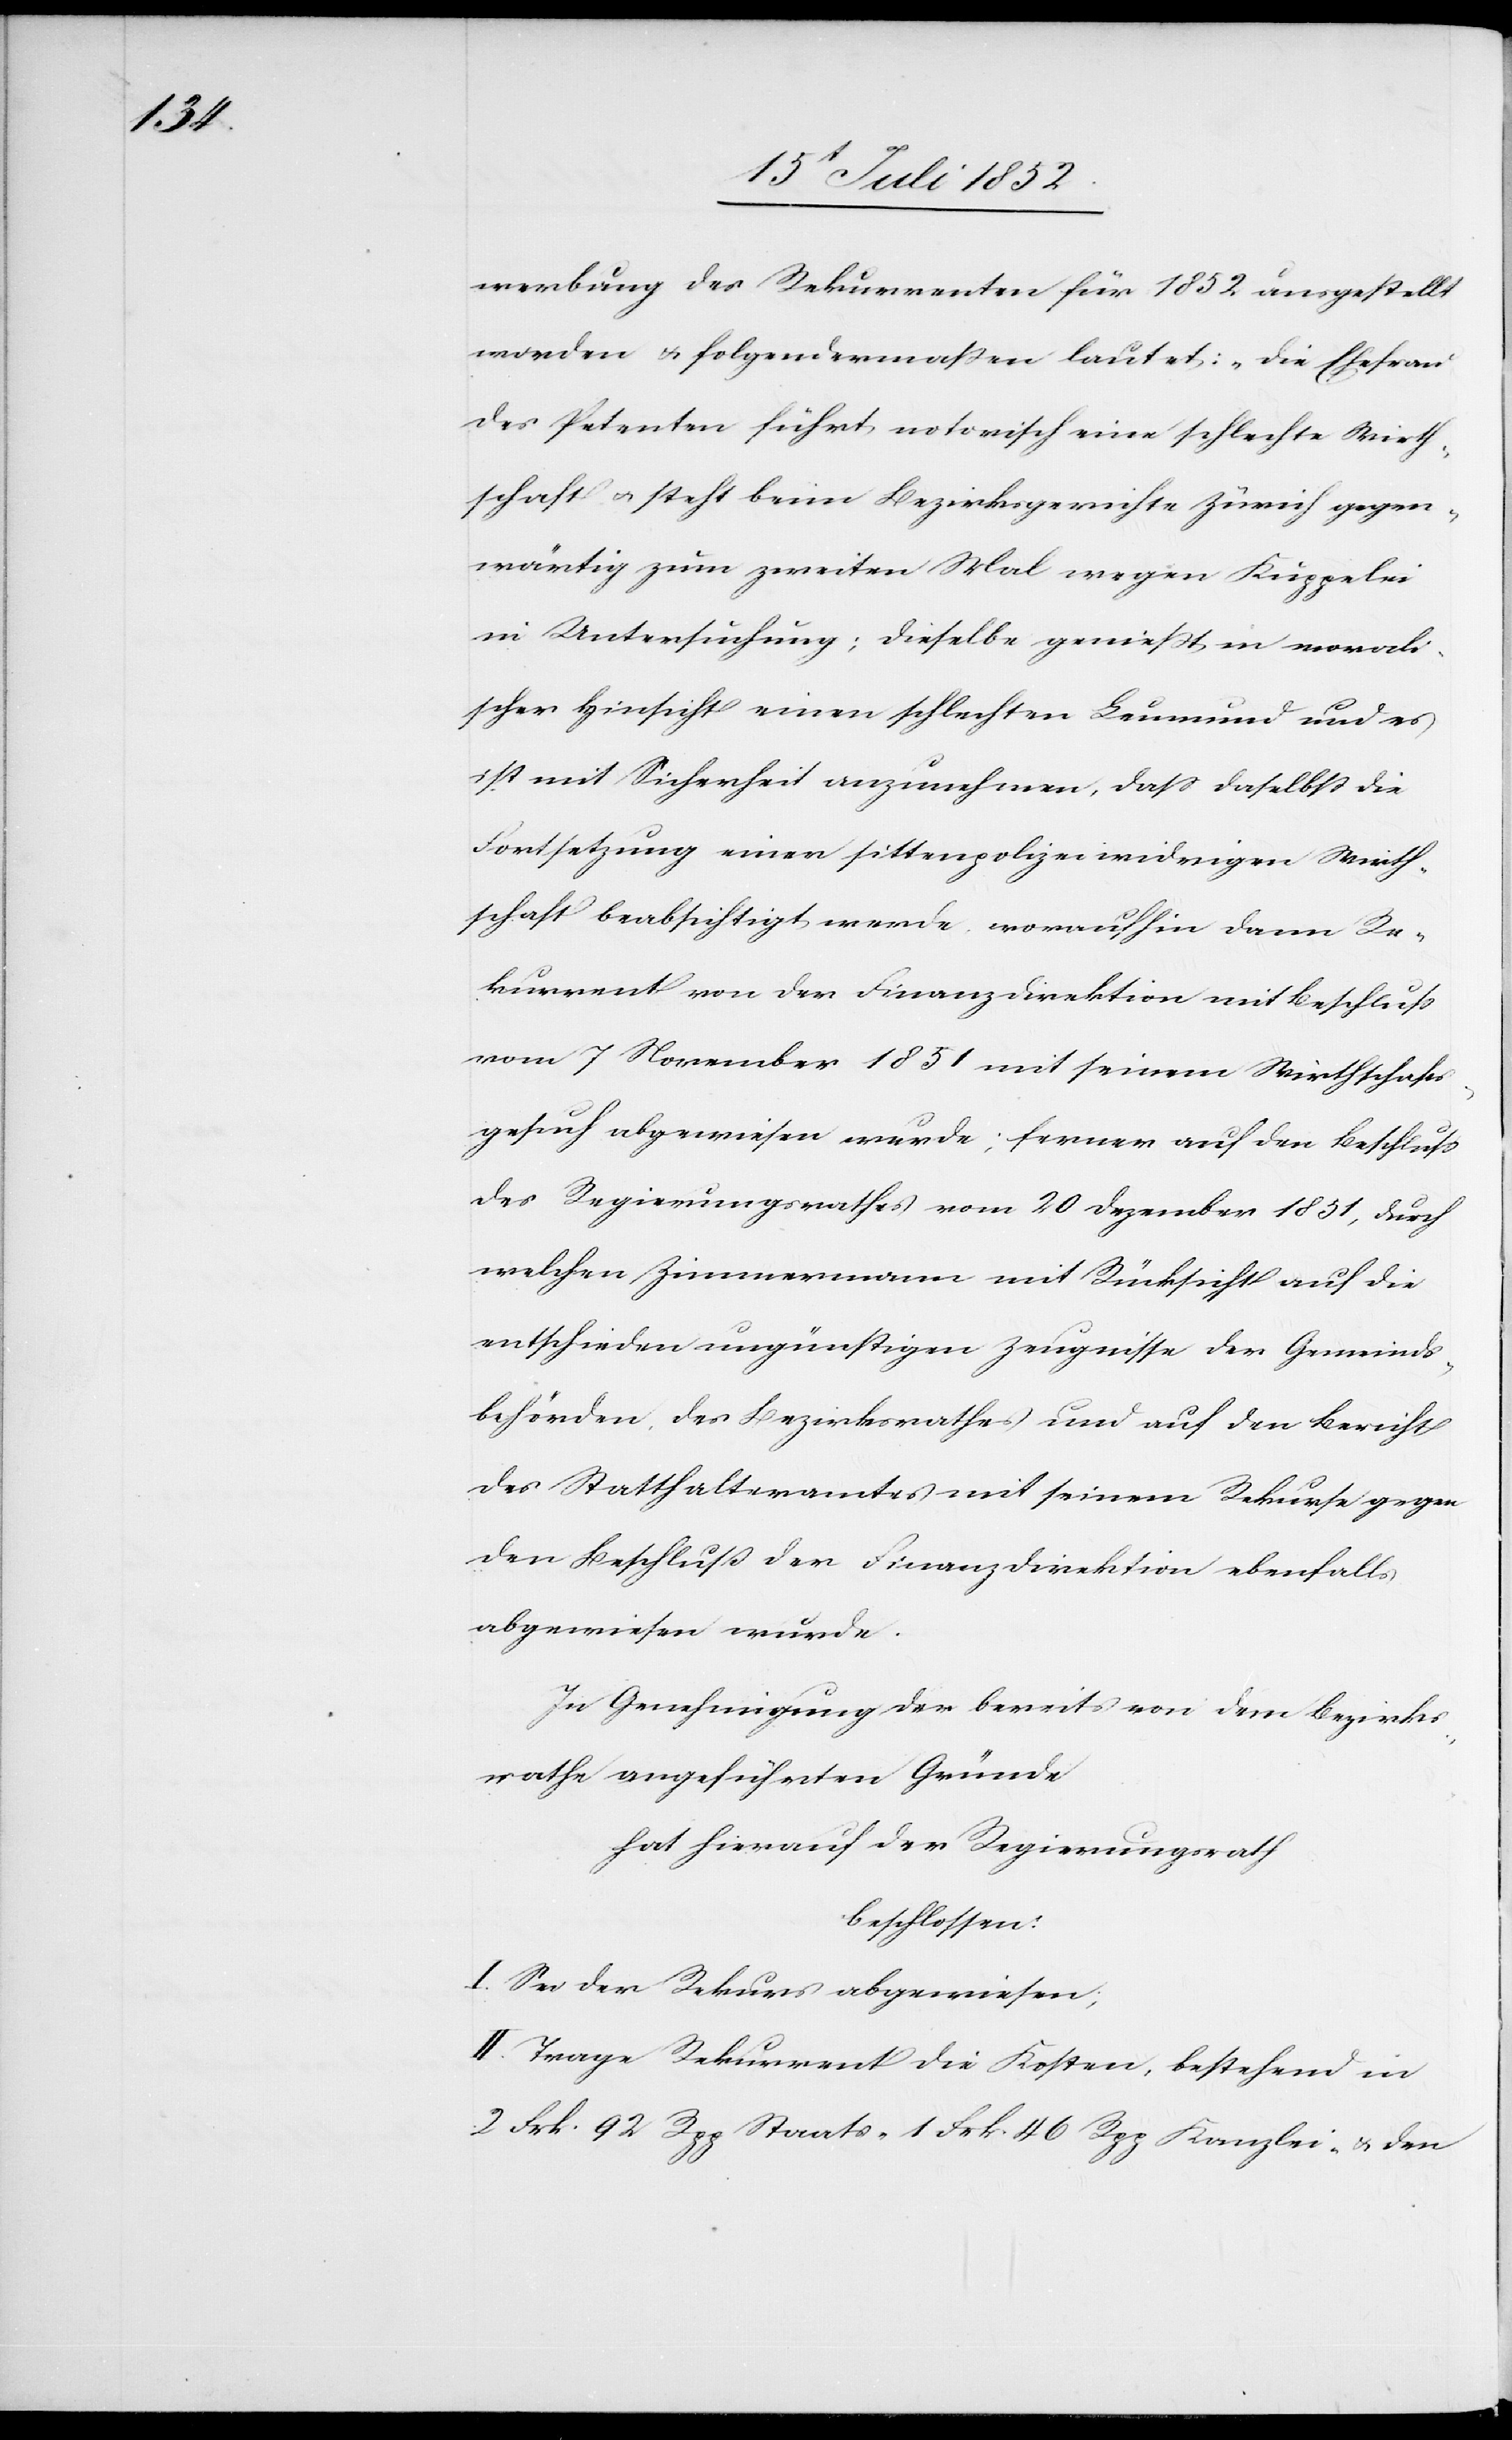
werbung des Rekurrenten für 1852 ausgestellt
worden & folgendermaßen lautet: „die Ehefrau
des Petenten führt notorisch eine schlechte Wirth¬
schaft & steht beim Bezirksgerichte Zürich gegen¬
wärtig zum zweiten Mal wegen Kuppelei
in Untersuchung; dieselbe genießt in morali¬
scher Hinsicht einen schlechten Leumund und es
ist mit Sicherheit anzunehmen, dass daselbst die
Fortsetzung einer sittenpolizeiwidrigen Wirth¬
schaft beabsichtigt werde[“], woraufhin dann Re¬
kurrent von der Finanzdirektion mit Beschluss
vom 7 November 1851 mit seinem Wirthschafts¬
gesuch abgewiesen wurde; ferner auf den Beschluss
des Regierungsrathes vom 20 Dezember 1851, durch
welchen Zimmermann mit Rücksicht auf die
entschieden ungünstigen Zeugnisse der Gemeinds¬
behörden, des Bezirksrathes und auf den Bericht
des Statthalteramtes mit seinem Rekurse gegen
den Beschluss der Finanzdirektion ebenfalls
abgewiesen wurde.
In Genehmigung der bereits von dem Bezirks¬
rathe angeführten Gründe
hat hierauf der Regierungsrath
beschlossen:
I. Sei der Rekurs abgewiesen;
II. Trage Rekurrent die Kosten, bestehend in
2 Frk. 92 Rpp Staats-[,] 1 Frk. 46 Rpp Kanzlei- & den